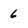
Character: 6